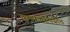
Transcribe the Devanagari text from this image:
कुमारवयापर्यंतच